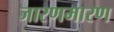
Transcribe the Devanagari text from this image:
जारणमारण